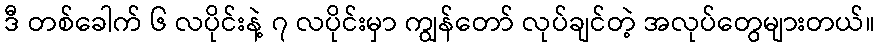
ဒီ တစ်ခေါက် ၆ လပိုင်းနဲ့ ၇ လပိုင်းမှာ ကျွန်တော် လုပ်ချင်တဲ့ အလုပ်တွေများတယ်။